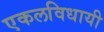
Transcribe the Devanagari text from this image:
एकलविधायी